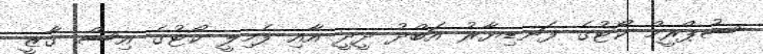
ސުޕްރީމް ކޯޓުގެ ފަނޑިޔާރު އަބްދު ދީދީ އާއި ފެމިލީ ކޯޓުގެ އިސް ގާޒީ